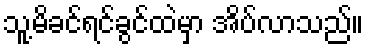
သူ့မိခင်ရင်ခွင်ထဲမှာ အိပ်လာသည်။